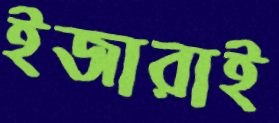
ইজারাই